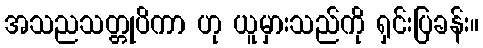
အသညသတ္တုပိကာ ဟု ယူမှားသည်ကို ရှင်းပြခန်း။